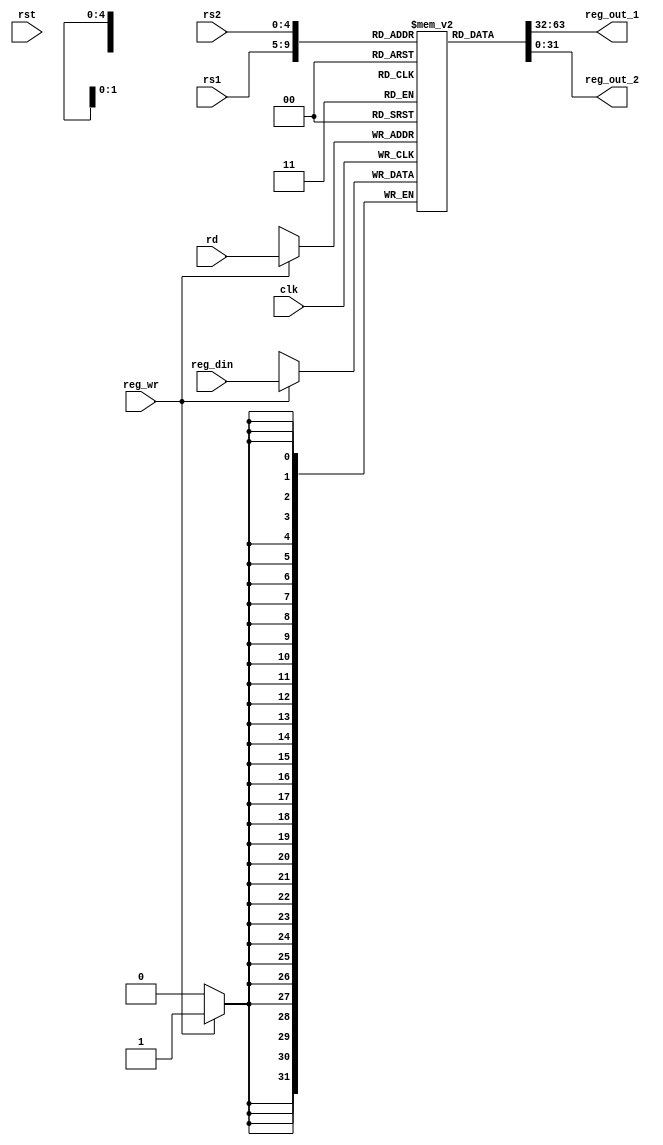
`timescale 1ns / 1ps
module Registers(clk,rst,reg_out_1,reg_out_2,rs1,rs2,rd,reg_wr,reg_din);
input clk,rst;
input [4:0] rs1,rs2,rd;
input [31:0] reg_din;
input reg_wr;
output reg [31:0] reg_out_1,reg_out_2;
reg [31:0] reg_file [31:0];//32 32-bit registers reg_file[0] to reg_file[31]
integer i;

initial
begin
    for(i=0;i<32;i=i+1)
        reg_file[i]=i; //comment out during synthesis 
end

always @(*)
	begin
	       reg_out_1 <= reg_file[rs1];
           reg_out_2 <= reg_file[rs2];
	end
	
always@(negedge clk)
	begin
	   if(reg_wr)
	       reg_file[rd]=reg_din;
	end

endmodule